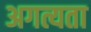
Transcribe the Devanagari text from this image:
अगत्यता